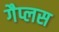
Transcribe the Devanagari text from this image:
गैप्लस